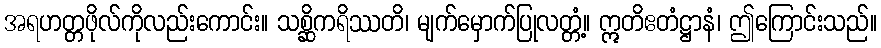
အရဟတ္တဖိုလ်ကိုလည်းကောင်း။ သစ္ဆိကရိဿတိ၊ မျက်မှောက်ပြုလတ္တံ့။ ဣတိဧတံဋ္ဌာနံ၊ ဤကြောင်းသည်။